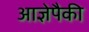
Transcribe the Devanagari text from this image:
आज्ञेपैकी